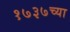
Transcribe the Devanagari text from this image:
१७३७च्या